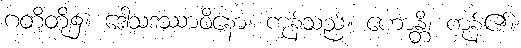
ဂတိတို့၌။ ဒေါသဒဿာဝိနော၊ ကုန်သည်။ ဟောန္တိ၊ ကုန်၏။